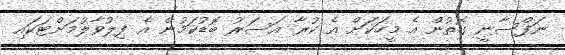
ނަފްސާނީ ގޮތުން އެ މީހަކަށް އެ ކުރާ އަސަރު ބޮޑުކަމުން އެ ފިލުވާލުމަށްޓަކައި